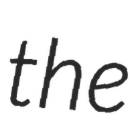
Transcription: the